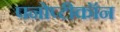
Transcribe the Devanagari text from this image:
पनोप्टीकॉन